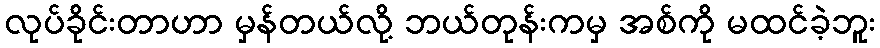
လုပ်ခိုင်းတာဟာ မှန်တယ်လို့ ဘယ်တုန်းကမှ အစ်ကို မထင်ခဲ့ဘူး